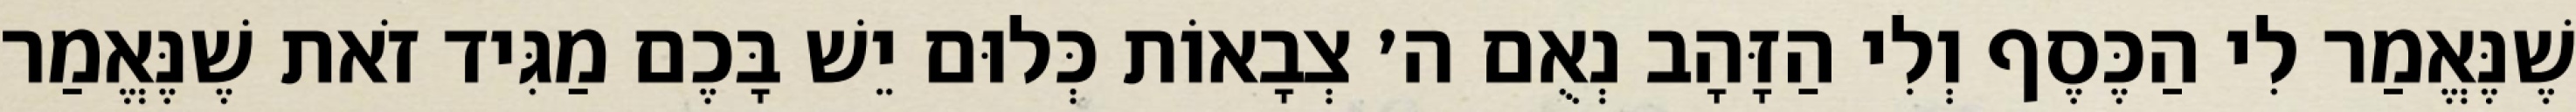
שֶׁנֶּאֱמַר לִי הַכֶּסֶף וְלִי הַזָּהָב נְאֻם ה׳ צְבָאוֹת כְּלוּם יֵשׁ בָּכֶם מַגִּיד זֹאת שֶׁנֶּאֱמַר